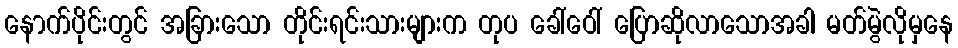
နောက်ပိုင်းတွင် အခြားသော တိုင်းရင်းသားများက တုပ ခေါ်ဝေါ် ပြောဆိုလာသောအခါ မတ်မွဲလိုမှနေ